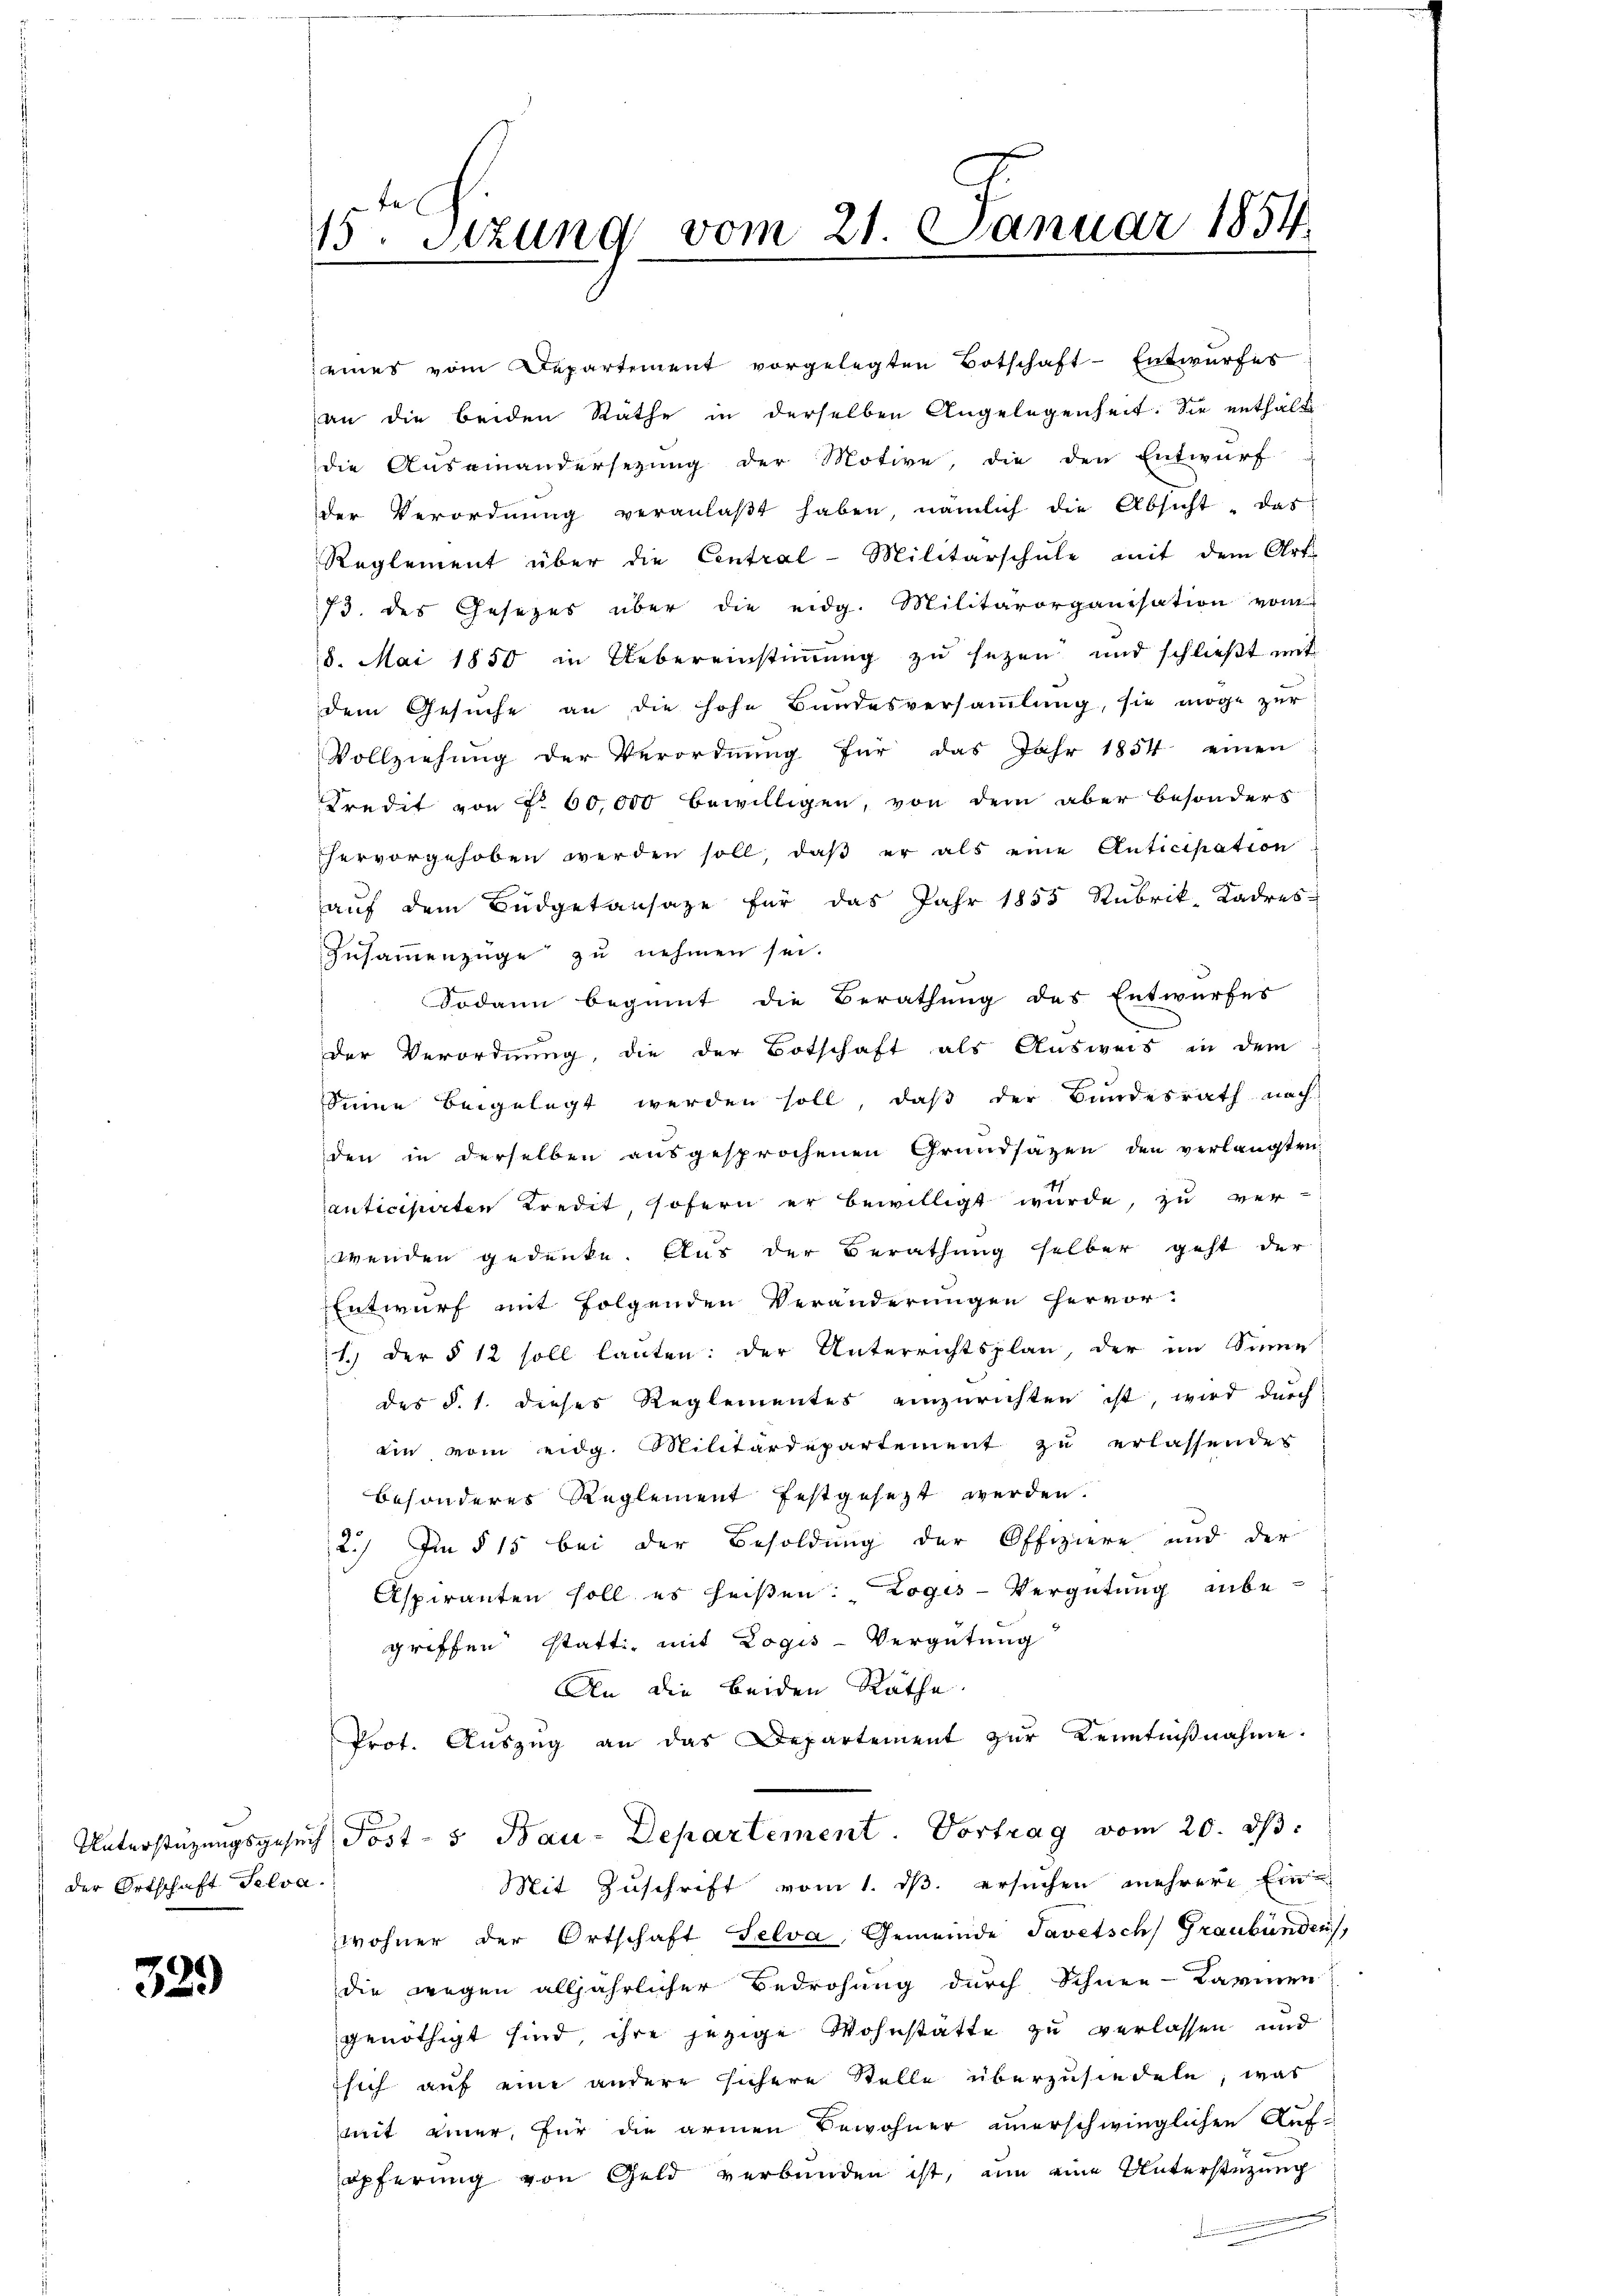
der Ortschaft Selva.

329

15. Setzung vom 21. Januar 1854.

eines vom Departement vorgelegten Botschaft-Entwurfes
an die beiden Räthe in derselben Angelegenheit. Sie enthalt
die Auseinandersezung der Motive, die den Entwurf
der Verordnŭng veranlaβt haben, nämlich die Absicht - das
Reglement über die Central-Militärschule mit dem Art.
73. des Gesezes über die eidg. Militärorganisation vom
8. Mai 1850 in Uebereinstiṁŭng zu sezen und schlieβt mit
dem Gesuche an die hohe Bundesversaṁlŭng, sie möge zur
Vollziehŭng der Verordnŭng für das Jahr 1854 einen
Predit von § 60,000 bewilligen, von dem aber besonders
hervorgehoben werden soll, daß er als eine Anticipation
auf dem Büdgetansaze für das Jahr 1855 Rubrik, Kadres
Zusammenzüge zu nehmen sei.
Sodann beginnt die Berathung des Entwurfes
der Verordnung, die der Botschaft als Ausweis in dem
Seine beigelegt werden soll, daß der Bundesrath nach
den in derselben ausgesprochenen Grundsazen den verlangten
anticisierten Kredit, sofern er bewilligt wurde, zu ver-
wenden gedenke. Aus der Berathung selber geht der
Entwurf mit folgenden Veränderungen hervor.
1.) Der § 12 soll lauten: der Unterrichtsplan, der im Sinne
des §. 1. dieses Reglementes einzurichten ist, wird durch
ein vom eidg. Militärdepartement zu erlassender
besonderes Reglement festgesezt werden.
2.) Im § 15 bei der Besoldung der Offiziere und der
Aspiranten soll es heißen: Logis-Vergütung anbegriffen statt, mit Logis-Vergütung
An die beiden Räthe.
Prot. Auszug an das Departement zur Kenntnißnahme.
Unterstüzungsgesuch Post- 5 Bau-Departement. Vortrag vom 20. d.
Mit Zuschrift vom 1. ds. ersuchen mehrere Ein
wohner der Ortschaft Selva, Gemeinde Tavetsch Graubünden),
die wegen alljährlicher Bedrohung durch Schnee-Karmen
genöthigt sind ihre jezige Wohnstatte zu verlassen und
sich auf eine andere sichere Stelle überzusiedete, was
mit einer, für die armen Bewohner unerschwinglichen Auf-
öpferung von Geld verbunden ist, um eine Unterstützung